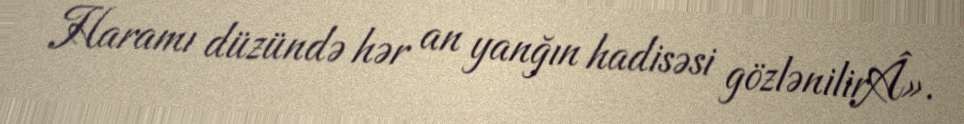
Haramı düzündə hər an yanğın hadisəsi gözlənilirÂ».